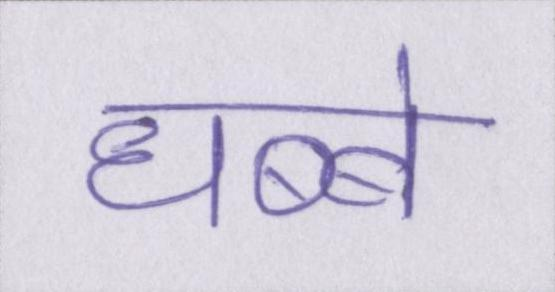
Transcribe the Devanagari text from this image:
धब्बे